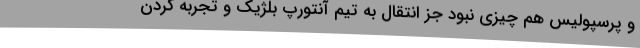
و پرسپولیس هم چیزی نبود جز انتقال به تیم آنتورپ بلژیک و تجربه کردن